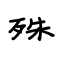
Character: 殊